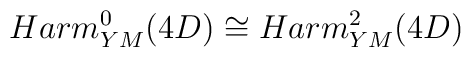
Harm^0 _{YM} (4D) \cong  Harm^2 _{YM} (4D)